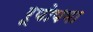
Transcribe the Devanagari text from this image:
रूपोपमा